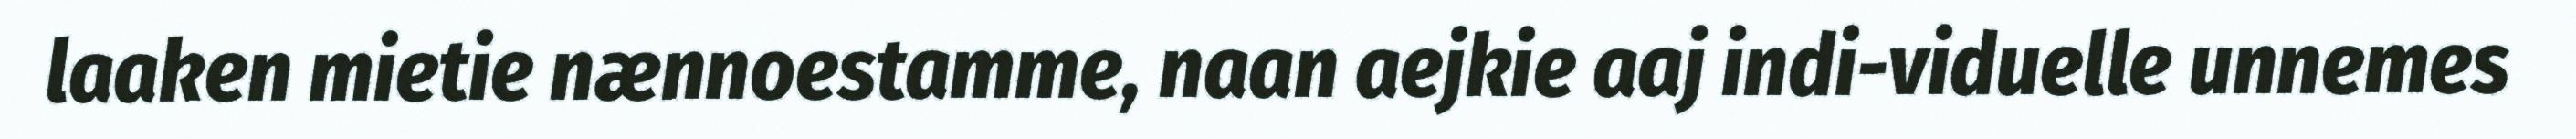
laaken mietie nænnoestamme, naan aejkie aaj indi-viduelle unnemes